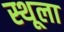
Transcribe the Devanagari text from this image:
स्थूला